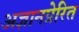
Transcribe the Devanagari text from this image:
अज्ञानप्रेरित